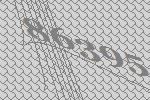
86395